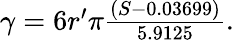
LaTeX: \begin{array}{r}{\gamma=6r^{\prime}\pi{\frac{(S-0.03699)}{5.9125}}.}\end{array}